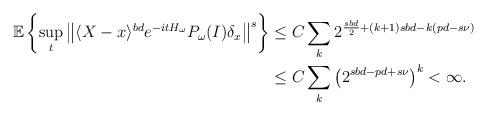
LaTeX: \begin{align*} \mathbb{E} \left\{ \sup\limits_{t} \left\Vert \langle X-x \rangle^{bd} e^{-itH_\omega}P_\omega(I) \delta_x \right\Vert^s \right\} &\leq C\sum\limits_k 2^{\frac{sbd}{2}+(k+1)sbd-k(pd-s\nu)} \\ &\leq C\sum\limits_k \left(2^{sbd-pd+s\nu}\right)^k<\infty. \end{align*}